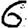
Digit: 6